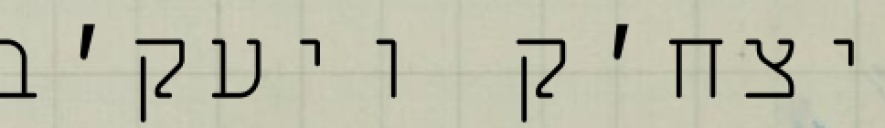
יצח׳ק ויעק׳ב